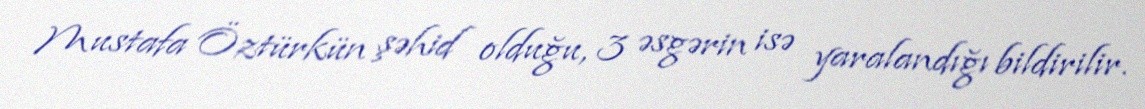
Mustafa Öztürkün şəhid olduğu, 3 əsgərin isə yaralandığı bildirilir.